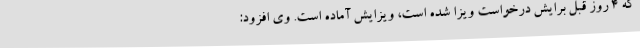
که 4 روز قبل برایش درخواست ویزا شده است، ویزایش آماده است. وی افزود: